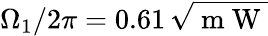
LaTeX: \Omega_{1}/2\pi=0.61\, \sqrt{\mathrm{~m~W~}}